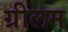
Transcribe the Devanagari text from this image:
ग्रीलम